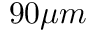
9 0 \mu m